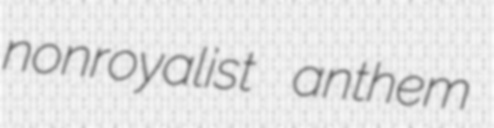
nonroyalist anthem